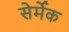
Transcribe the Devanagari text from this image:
सेर्मेक